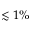
\lesssim 1 \%